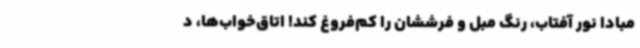
مبادا نور آفتاب، رنگ مبل و فرششان را کم‌فروغ کند! اتاق‌خواب‌ها، د